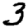
Digit: 3